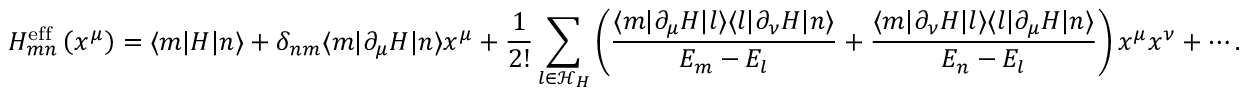
H _ { m n } ^ { \mathrm { e f f } } \left( x ^ { \mu } \right) = \langle m | H | n \rangle + \delta _ { n m } \langle m | \partial _ { \mu } H | n \rangle x ^ { \mu } + { \frac { 1 } { 2 ! } } \sum _ { l \in { \mathcal { H } } _ { H } } \left( { \frac { \langle m | \partial _ { \mu } H | l \rangle \langle l | \partial _ { \nu } H | n \rangle } { E _ { m } - E _ { l } } } + { \frac { \langle m | \partial _ { \nu } H | l \rangle \langle l | \partial _ { \mu } H | n \rangle } { E _ { n } - E _ { l } } } \right) x ^ { \mu } x ^ { \nu } + \cdots .